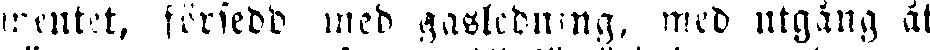
mentet, försedd med gasledning, med utgång åt